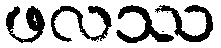
ဖလဿ